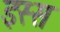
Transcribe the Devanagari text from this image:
इस्स